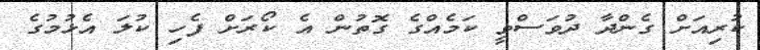
ކުރިއަށް ގެންދާ ދުވަސްވީ ކަމެއްގެ ގޮތުން އެ ކޯރަށް ފެހި ކުލަ އެޅުމުގެ